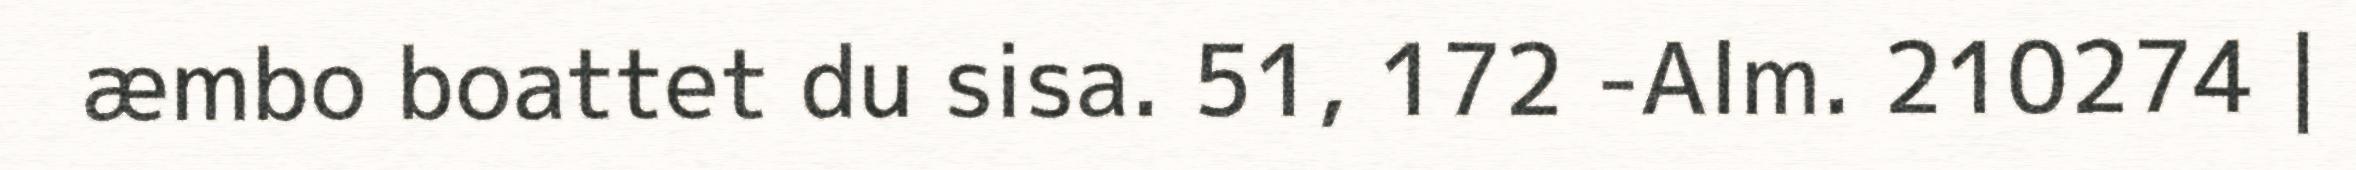
æmbo boattet du sisa. 51, 172 -Alm. 210274 |